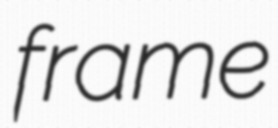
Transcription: frame